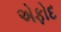
એફોદ